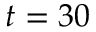
t = 3 0